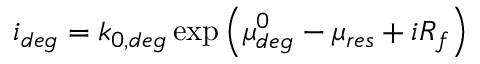
i _ { d e g } = k _ { 0 , d e g } \exp { \left( { \mu _ { d e g } ^ { 0 } - \mu _ { r e s } + i R _ { f } } \right) }